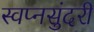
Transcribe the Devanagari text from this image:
स्वप्नसुंदरी